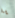
يا